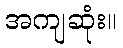
အကျဆုံး။